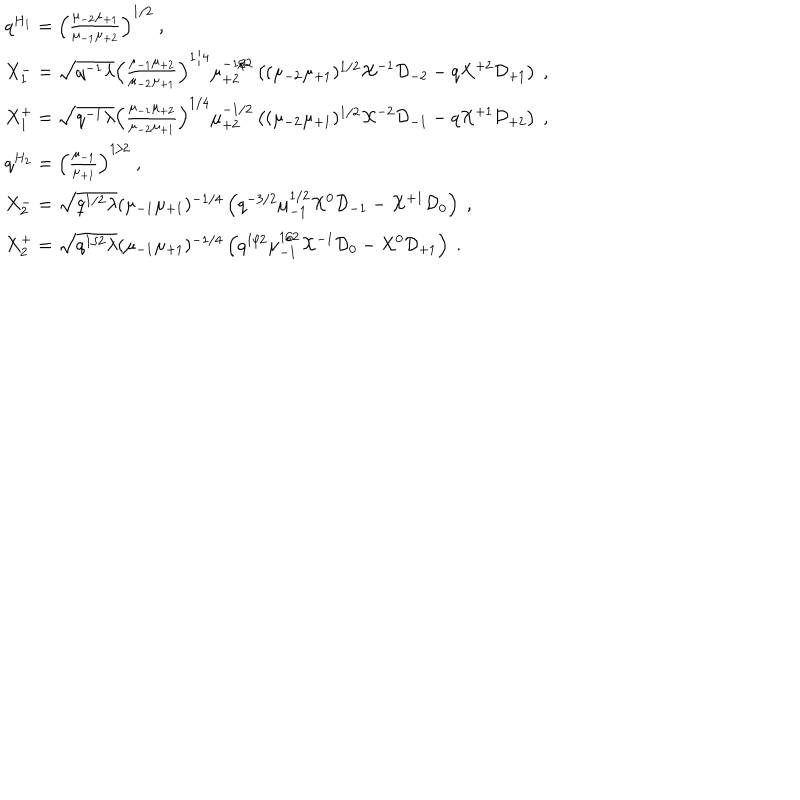
\begin{array} { l } { { q ^ { H _ { 1 } } = \left( \frac { \mu _ { - 2 } \mu _ { + 1 } } { \mu _ { - 1 } \mu _ { + 2 } } \right) ^ { 1 / 2 } ~ , } } \\ { { X _ { 1 } ^ { - } = \sqrt { q ^ { - 1 } \lambda } \left( \frac { \mu _ { - 1 } \mu _ { + 2 } } { \mu _ { - 2 } \mu _ { + 1 } } \right) ^ { 1 / 4 } \mu _ { + 2 } ^ { - 1 / 2 } \left( ( \mu _ { - 2 } \mu _ { + 1 } ) ^ { 1 / 2 } { \cal X } ^ { - 1 } { \cal D } _ { - 2 } - q { \cal X } ^ { + 2 } { \cal D } _ { + 1 } \right) ~ , } } \\ { { X _ { 1 } ^ { + } = \sqrt { q ^ { - 1 } \lambda } \left( \frac { \mu _ { - 1 } \mu _ { + 2 } } { \mu _ { - 2 } \mu _ { + 1 } } \right) ^ { 1 / 4 } \mu _ { + 2 } ^ { - 1 / 2 } \left( ( \mu _ { - 2 } \mu _ { + 1 } ) ^ { 1 / 2 } { \cal X } ^ { - 2 } { \cal D } _ { - 1 } - q { \cal X } ^ { + 1 } { \cal D } _ { + 2 } \right) ~ , } } \\ { { q ^ { H _ { 2 } } = \left( \frac { \mu _ { - 1 } } { \mu _ { + 1 } } \right) ^ { 1 / 2 } ~ , } } \\ { { X _ { 2 } ^ { - } = \sqrt { q ^ { 1 / 2 } \lambda } ( \mu _ { - 1 } \mu _ { + 1 } ) ^ { - 1 / 4 } \left( q ^ { - 3 / 2 } \mu _ { - 1 } ^ { 1 / 2 } { \cal X } ^ { 0 } { \cal D } _ { - 1 } - { \cal X } ^ { + 1 } { \cal D } _ { 0 } \right) ~ , } } \\ { { X _ { 2 } ^ { + } = \sqrt { q ^ { 1 / 2 } \lambda } ( \mu _ { - 1 } \mu _ { + 1 } ) ^ { - 1 / 4 } \left( q ^ { 1 / 2 } \mu _ { - 1 } ^ { 1 / 2 } { \cal X } ^ { - 1 } { \cal D } _ { 0 } - { \cal X } ^ { 0 } { \cal D } _ { + 1 } \right) ~ . } } \\ \end{array}